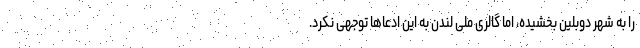
را به شهر دوبلین بخشیده، اما گالری ملی لندن به این ادعا‌ها توجهی نکرد.